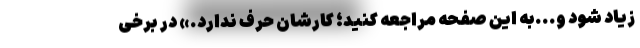
زیاد شود و...‌به این صفحه مراجعه کنید؛ کارشان حرف ندارد.» در برخی